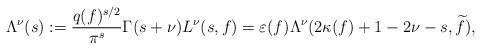
LaTeX: \begin{align*} \Lambda^\nu(s) := \frac{q(f)^{s/2}}{\pi^s}\Gamma(s + \nu)L^\nu(s, f) = \varepsilon(f) \Lambda^\nu(2 \kappa(f) + 1 - 2\nu - s, \widetilde{f}),\end{align*}